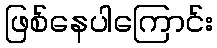
ဖြစ်နေပါကြောင်း